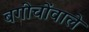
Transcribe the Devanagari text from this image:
बगीचोंवाले